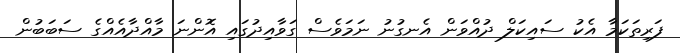
ފަރިތަކަމާ އެކު ސައިކަލް ދުއްވަން އެނގުނު ނަމަވެސް ގަވާއިދުގައި އޮންނަ މާއްދާއެއްގެ ސަބަބުން